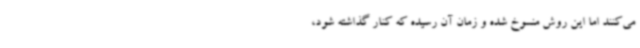
می‌کنند اما این روش منسوخ شده و زمان آن رسیده که کنار گذاشته شود،